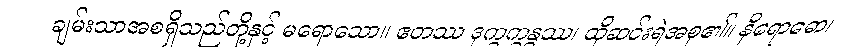
ချမ်းသာအစရှိသည်တို့နှင့် မရောသော။ ဧတဿ ဒုက္ခက္ခန္ဓဿ၊ ထိုဆင်းရဲအစု၏။ နိရောဓော၊